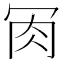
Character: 𦘫